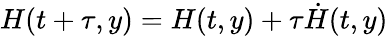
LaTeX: H(t+\tau,y)=H(t,y)+\tau\dot{H}(t,y)